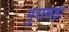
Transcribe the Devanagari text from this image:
गुरावड़ा